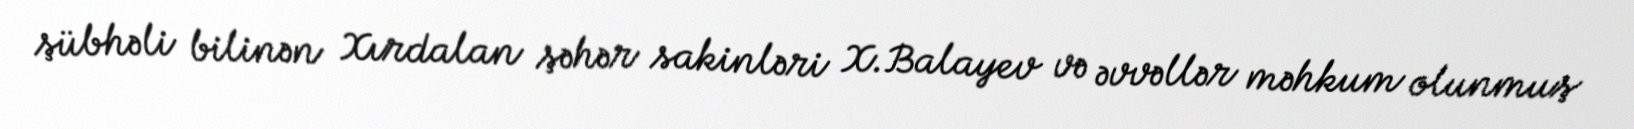
şübhəli bilinən Xırdalan şəhər sakinləri X.Balayev və əvvəllər məhkum olunmuş